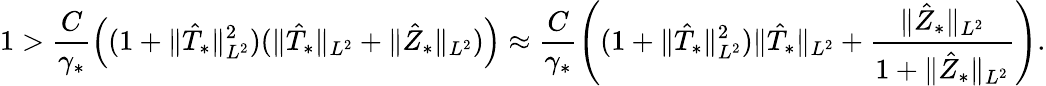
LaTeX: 1>\frac{C}{\gamma_{*}}\left((1+\Vert\hat{T}_{*}\Vert_{L^{2}}^{2})(\Vert\hat{T}_{*}\Vert_{{L^{2}}}+\Vert\hat{Z}_{*}\Vert_{{L^{2}}})\right)\approx\frac{C}{\gamma_{*}}\left((1+\Vert\hat{T}_{*}\Vert_{{L^{2}}}^{2})\Vert\hat{T}_{*}\Vert_{{L^{2}}}+\frac{\Vert\hat{Z}_{*}\Vert_{{L^{2}}}}{1+\Vert\hat{Z}_{*}\Vert_{{L^{2}}}}\right).